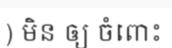
) មិន ឲ្យ ចំពោះ